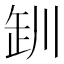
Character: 𪩢